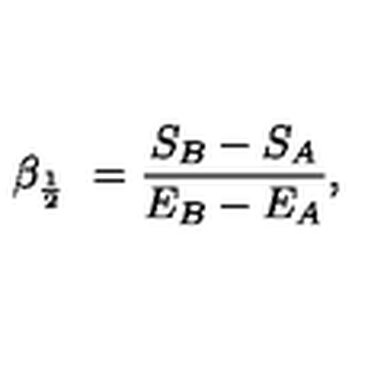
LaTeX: \beta _ { { \frac { 1 } { 2 } } } \ = { \frac { S _ { B } - S _ { A } } { E _ { B } - E _ { A } } } ,